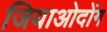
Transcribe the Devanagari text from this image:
जियाओदोंग